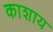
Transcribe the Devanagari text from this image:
काशाय